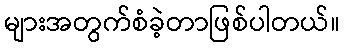
များအတွက်စံခဲ့တာဖြစ်ပါတယ်။